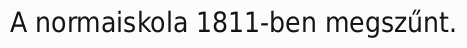
A normaiskola 1811-ben megszűnt.